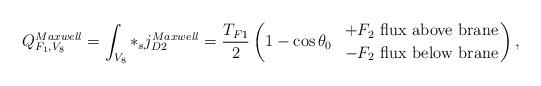
LaTeX: \begin{align*}Q_{F_1,V_8}^{Maxwell} = \int_{V_8} *_s j_{D2}^{Maxwell} = \frac{T_{F1}}{2}\left( 1 - \cos \theta_0 \ \ {+ F_2 \ {{\rm flux \ above \ brane}} \atop { -F_2 \ {\rm flux \ below \ brane}}} \right),\end{align*}